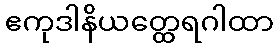
ဧကုဒါနိယတ္ထေရဂါထာ